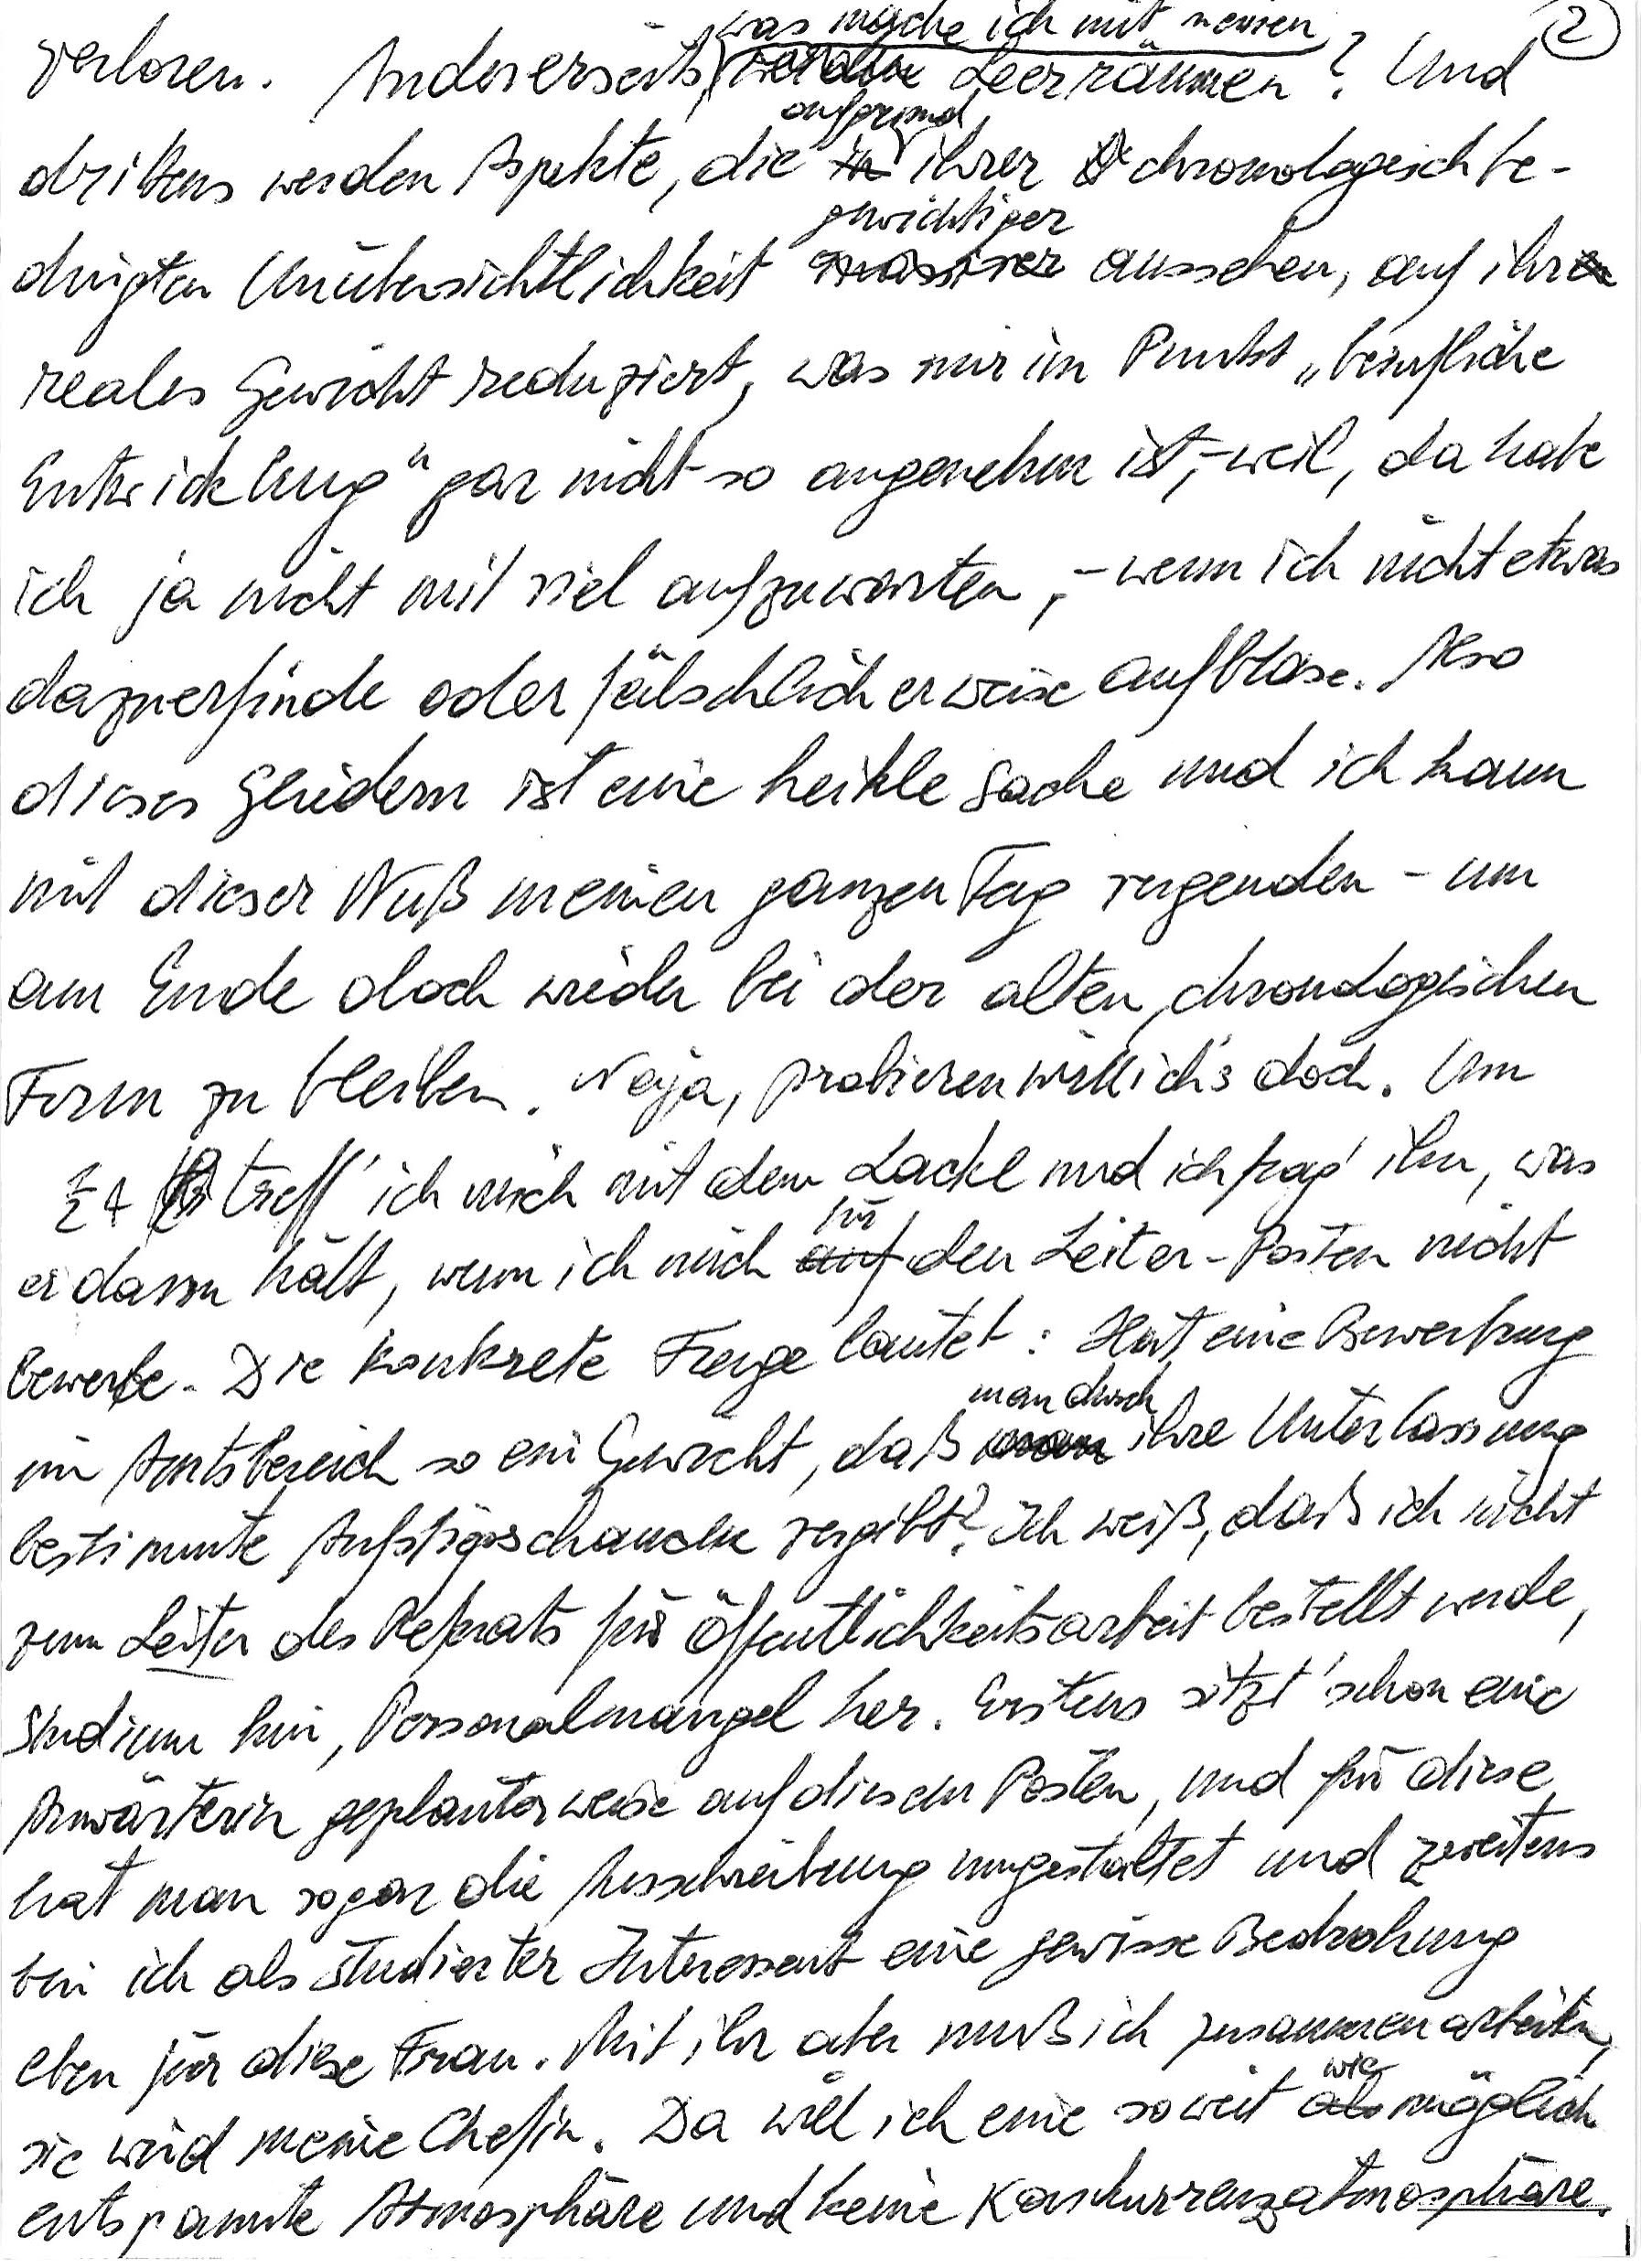
verloren. Andererseits, was mache ich mit meinen Leerräumen? Und
drittens werden Aspekte, die aufgrund ihrer chronologisch be-
dingten Unübersichtlichkeit gewichtiger aussehen, auf ihr
reales Gewicht reduziert, was mir im Punkt „berufliche
Entwicklung“ gar nicht so angenehm ist, – weil, da habe
ich ja nicht mit viel aufzuwarten, – wenn ich nicht etwas
dazuerfinde oder fälschlicherweise aufblase. Also
dieses Gliedern ist eine heikle Sache und ich kann
mit dieser Nuß meinen ganzen Tag vergeuden – um
am Ende doch wieder bei der alten, chronologischen
Form zu bleiben. Naja, probieren will ich’s doch. Um
½4 treff‘ ich mich mit dem Lackl und ich frag‘ ihn, was
er davon hält, wenn ich mich für den Leiter-Posten nicht
bewerbe. Die konkrete Frage lautet: Hat eine Bewerbung
im Amtsbereich so ein Gewicht, daß man durch ihre Unterlassung
bestimmte Aufstiegschancen vergibt? Ich weiß, daß ich nicht
zum Leiter des Referats für Öffentlichkeitsarbeit bestellt werde,
Studium hin, Personalmangel her. Erstens sitzt schon eine
Anwärterin geplanterweise auf diesem Posten, und für diese
hat man sogar die Ausschreibung umgestaltet und zweitens
bin ich als studierter Interessent eine gewisse Bedrohung
eben für diese Frau. Mit ihr aber muß ich zusammenarbeiten,
sie wird meine Chefin. Da will ich eine so weit wie möglich
entspannte Atmosphäre und keine Konkurrenzatmosphäre.